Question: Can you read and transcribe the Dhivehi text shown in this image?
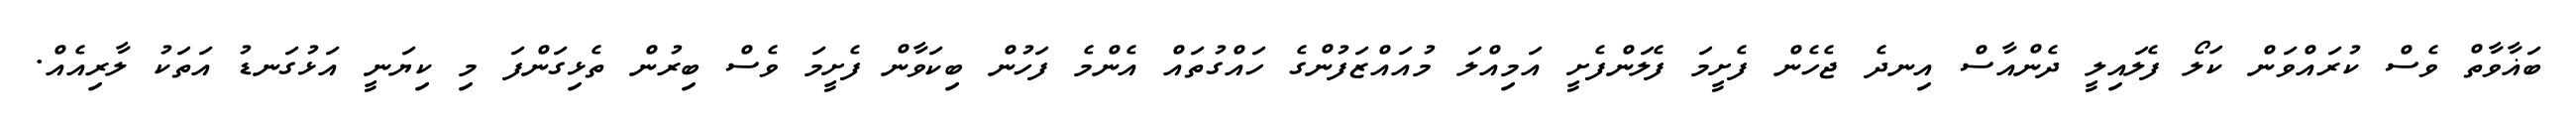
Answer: ބަޣާވާތް ވެސް ކުރައްވަން ކަލޯ ފެލައިލީ ދެންއާސް އިނދެ ޖެހެން ފެށީމަ ފެލަންފެށީ އަމިއްލަ މުއައްޒަފުންގެ ހައްގުތައް އެންމެ ފަހުން ބިކަވާން ފެށީމަ ވެސް ބިރުން ތެޅިގަންފަ މި ކިޔަނީ އަޅުގަނޑު އަތަކު ލާރިއެއް.